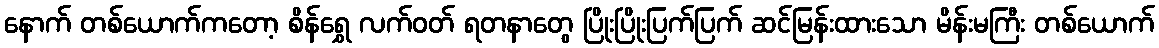
နောက် တစ်ယောက်ကတော့ စိန်ရွှေ လက်ဝတ် ရတနာတွေ ပြိုးပြိုးပြက်ပြက် ဆင်မြန်းထားသော မိန်းမကြီး တစ်ယောက်